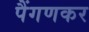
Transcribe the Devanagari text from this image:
पैंगणकर